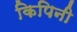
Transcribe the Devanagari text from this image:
किपिनी